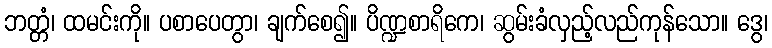
ဘတ္တံ၊ ထမင်းကို။ ပစာပေတွာ၊ ချက်စေ၍။ ပိဏ္ဍစာရိကေ၊ ဆွမ်းခံလှည့်လည်ကုန်သော။ ဒွေ၊